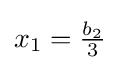
x_{1}={\tfrac {b_{2}}{3}}